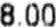
8.00